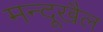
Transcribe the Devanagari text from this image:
मन्दूखैल